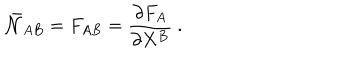
LaTeX: \bar { \cal N } _ { A B } = F _ { A B } = \frac { \partial F _ { A } } { \partial X ^ { B } } \ .